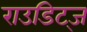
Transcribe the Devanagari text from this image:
राउडिट्ज